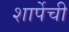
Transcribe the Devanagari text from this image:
शार्पेची